Bombay plague: being a history of the progress of plague in the Bombay presidency from September 1896 to June 1899
Year: 1896
Disease focus: Plague
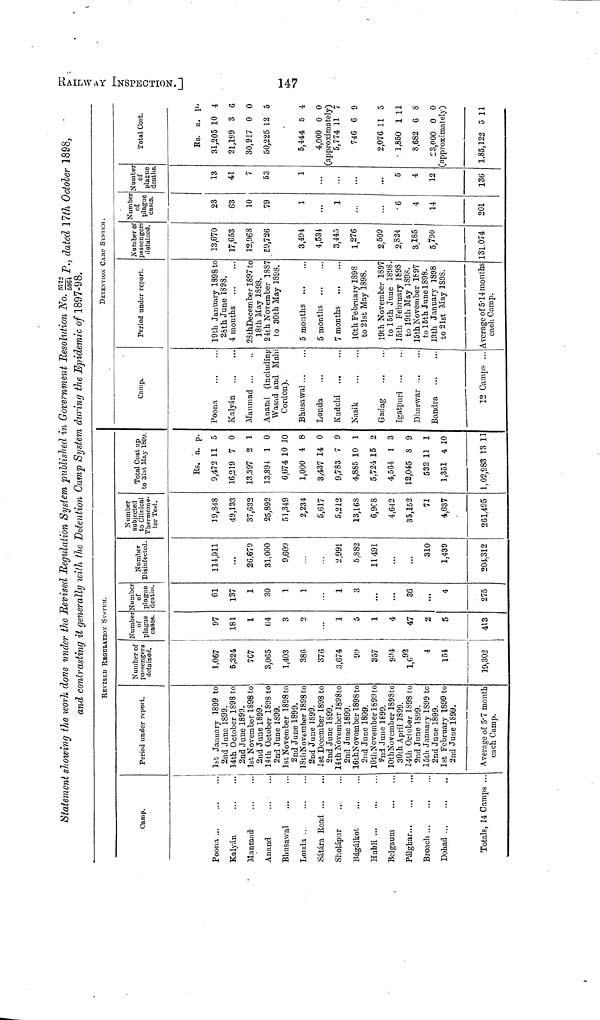
HALLWAY INSPECTI
Statement showing the work done under the Revised Regulation System published in Government Resolution No. 5772/5864 P., dated 17th October 1898
and contrasting it generally with the Detention Camp System during the Epidemic of 1897-98.
Camp.
Poona ...
Kalyán
Manmad
Anand
Bhusawal
Londa ..
Sátára Road
Sholápur
Bágálkot
Hubli ...
Belgaum
Pálghar...
Broach ...
Dohad ...
...
...
..
...
...
...
...
...
...
...
...
...
...
...
...
...
Totals, 14 Camps ...
REVISEd REGULATION SYSTEM.
Period under report.
1st January 1899 to
2nd June 1899.
14th October 1898 to
2nd June 1899.
1st November 1898 to
2nd June 1899.
14th October 1898 to
2nd June 1899.
1st November 1898 to
2nd June 1899.
18th November 1898 to
2nd June 1899.
1st December 1898 to
2nd June 1899.
14th November 1898to
2nd June 1899.
16th November 1898 to
2nd June 1899.
16th November 1899 to
2nd June 1899.
10th November 1898 to
30th April 1899.
14th October 1898 to
2nd June 1899.
15th January 1899 to
2nd June 1899.
1st February 1899 to
2nd June 1899.
Average of 5 . 7 month
each Camp.
Number of
passengers
detained.
1,067
5,324
7G7
3,065
1,403
386
376
3,674
99
357
994
33
1,692
4
154
19,302
Number
of
plague
cases.
97
181
1
64
η
2
...
1
5
1
4
47
2
5
413
Number
of
plague
deaths.
61
137
1
30
1
1
1
3
36
...
4
275
Number
Disinfected.
114,911
...
2G,679
31,000
9,609
2,991
5.882
11491
310
1,439
204.312
Number
subjected
to Clinical
Thermome-
ter Test.
19,348
49,133
37,632
25,892
51,349
2,234
5,617
5,212
13,168
6,968
4,642
35,152
71
4,637
261,495
Total Cost up
to 31st May 1899.
Rs.
9,472
16.219
13.397
13,894
6,674
1,000
3,437
9,783
4,885
5,724
4,564
12,045
532
1,351
1,02,983
a.
11
7
2
1
10
4
14
7
10
15
1
8
11
4
13
P.
5
0
1
0
10
8
0
9
1
2
3
9
1
10
11
Camp.
Poona
Kalyán ...
Manmad ...
...
Anand (including
Wasad and Mahi
Cordon).
Bhusawal ...
Londa ...
Kudchi ...
Nasik
Gadag
Igatpuri ...
Dharwar ...
Bandra
12 Camps
..
>..
DETENTION CAMP SYSTeM.
Period under report.
19th January 1898 to
26th June 1898.
4 months
28th December 1897 to
18th May 1898.
24th November 1887
to 30th May 1898.
5 months ...
5 months
7 months
10th February 1898
to 21st May 1898.
19th November 1897
to 15th June 1898.
15th February 1S98
to 19th May 1898.
15th November 1897
to 15th June 1898.
13th January 1898
to 21st May 1S98.
Average of 5.14 months
each Camp.
Number 0
passenger
detained.
13,670
17,653
12,968
59,726
3,494
4,534
3,445
1,276
2,509
2,824
3,185
5,790
131.074
Number
of
plague
cases.
23
63
10
„79
1
...
1
6
4
14
201
Number
of
plague
deaths
13
41
7
53
1
...
...
...
5
4
12
136
r
Total Cost.
Es.
31,205
21,189
30,917
50,225
5,444
4,000
a.
10
3
0
12
5
0
P·
4
6
0
5
4
0
(approximately)
5,774
746
2,076
1,850
8,682
£3,000
11
6
11
1
6
0
7
9
5
11
8
0
(approximately)
1.85,122 5 11